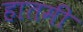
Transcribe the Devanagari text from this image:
हातमी